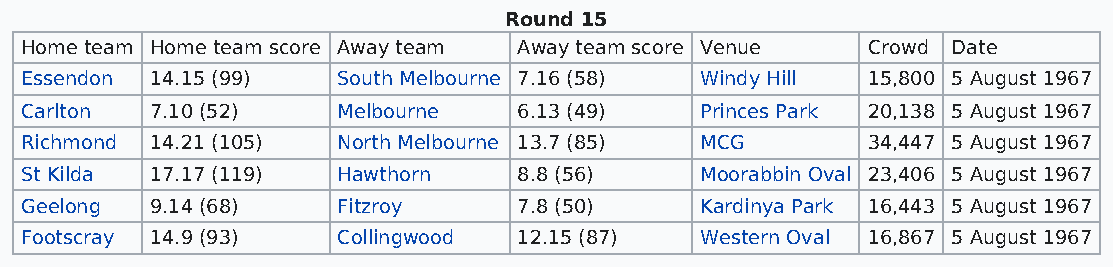
Round 15
 Home team Home team score Away team Away team score Venue Crowd Date
 Essendon 14.15 (99)  South Melbourne 7.16 (58) Windy Hill 15,800 5 August 1967
 Carlton  7.10 (52)   Melbourne   6.13 (49)   Princes Park 20,138 5 August 1967
 Richmond 14.21 (105) North Melbourne 13.7 (85) MCG      34,447 5 August 1967
 St Kilda 17.17 (119) Hawthorn    8.8 (56)    Moorabbin Oval 23,406 5 August 1967
 Geelong  9.14 (68)   Fitzroy     7.8 (50)    Kardinya Park 16,443 5 August 1967
 Footscray 14.9 (93)  Collingwood 12.15 (87)  Western Oval 16,867 5 August 1967